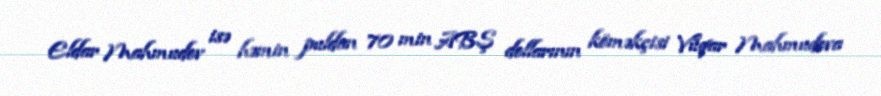
Eldar Mahmudov isə həmin puldan 70 min ABŞ dollarının köməkçisi Vüqar Mahmudova